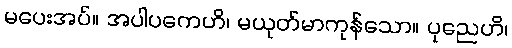
မပေးအပ်။ အပါပကေဟိ၊ မယုတ်မာကုန်သော။ ပုညေဟိ၊